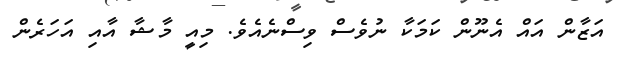
އަޒާން އައް އެނޫން ކަމަކާ ނުވެސް ވިސްނެއެވެ. މިއީ މާޝާ އާއި އަހަރެން